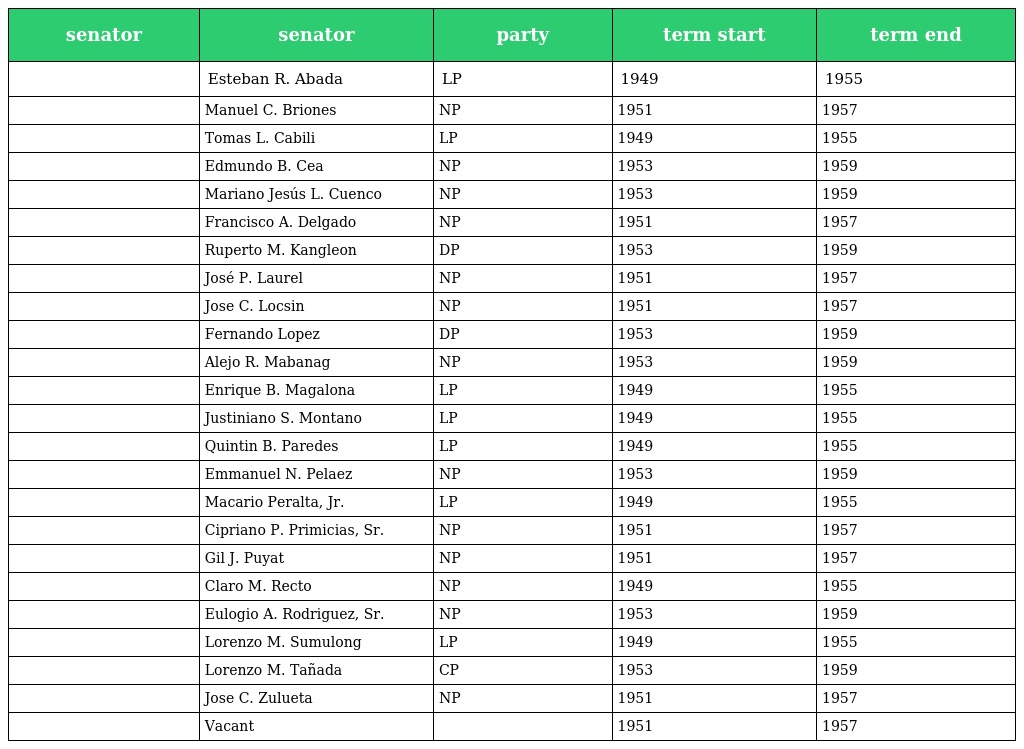
| senator | senator | party | term start | term end |
 | --- | --- | --- | --- | --- |
 |  | Esteban R. Abada | LP | 1949 | 1955 |
 |  | Manuel C. Briones | NP | 1951 | 1957 |
 |  | Tomas L. Cabili | LP | 1949 | 1955 |
 |  | Edmundo B. Cea | NP | 1953 | 1959 |
 |  | Mariano Jesús L. Cuenco | NP | 1953 | 1959 |
 |  | Francisco A. Delgado | NP | 1951 | 1957 |
 |  | Ruperto M. Kangleon | DP | 1953 | 1959 |
 |  | José P. Laurel | NP | 1951 | 1957 |
 |  | Jose C. Locsin | NP | 1951 | 1957 |
 |  | Fernando Lopez | DP | 1953 | 1959 |
 |  | Alejo R. Mabanag | NP | 1953 | 1959 |
 |  | Enrique B. Magalona | LP | 1949 | 1955 |
 |  | Justiniano S. Montano | LP | 1949 | 1955 |
 |  | Quintin B. Paredes | LP | 1949 | 1955 |
 |  | Emmanuel N. Pelaez | NP | 1953 | 1959 |
 |  | Macario Peralta, Jr. | LP | 1949 | 1955 |
 |  | Cipriano P. Primicias, Sr. | NP | 1951 | 1957 |
 |  | Gil J. Puyat | NP | 1951 | 1957 |
 |  | Claro M. Recto | NP | 1949 | 1955 |
 |  | Eulogio A. Rodriguez, Sr. | NP | 1953 | 1959 |
 |  | Lorenzo M. Sumulong | LP | 1949 | 1955 |
 |  | Lorenzo M. Tañada | CP | 1953 | 1959 |
 |  | Jose C. Zulueta | NP | 1951 | 1957 |
 |  | Vacant |  | 1951 | 1957 |